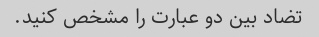
تضاد بین دو عبارت را مشخص کنید.